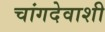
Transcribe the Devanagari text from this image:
चांगदेवाशी